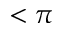
< \pi